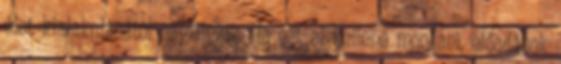
élet kialakulásától napjainkig. Ha ezt el kellene mondani, előadások